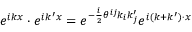
e ^ { i k x } \cdot e ^ { i k ^ { \prime } x } = e ^ { - { \frac { i } { 2 } } \theta ^ { i j } k _ { i } k _ { j } ^ { \prime } } e ^ { i ( k + k ^ { \prime } ) \cdot x }